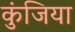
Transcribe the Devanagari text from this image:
कुंजिया